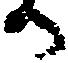
か